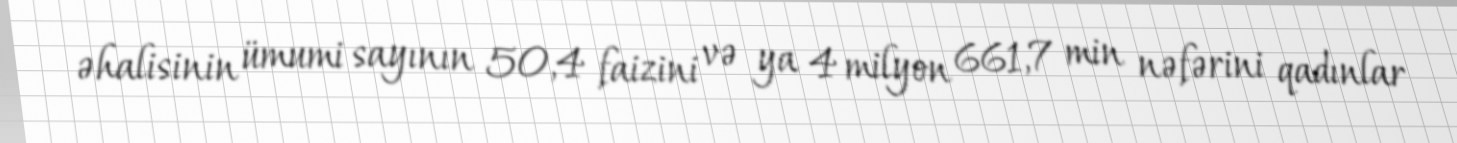
əhalisinin ümumi sayının 50,4 faizini və ya 4 milyon 661,7 min nəfərini qadınlar